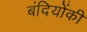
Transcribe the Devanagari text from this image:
बंदियोंकी